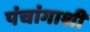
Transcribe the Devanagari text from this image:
पंचांगाशी